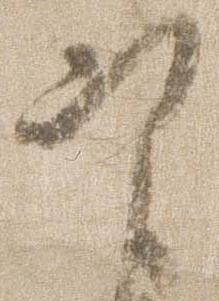
定